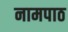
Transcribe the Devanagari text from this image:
नामपाठ